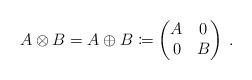
LaTeX: \begin{align*}A\otimes B=A\oplus B \coloneqq\begin{pmatrix}A&0\\0&B\end{pmatrix}\;.\end{align*}